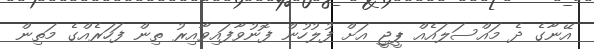
އޭނާގެ ދެ މައްސަލައެއް ޕީޖީ އަށް ފުލުހުން ފޮނުވާފައިވާއިރު ތިން ފަހަރެއްގެ މަތިން